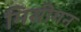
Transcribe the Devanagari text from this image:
मिसीगन